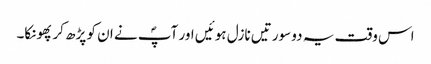
اس وقت یہ دو سورتیں نازل ہوئیں اور آپؐ نے ان کو پڑھ کر پھونکا۔